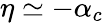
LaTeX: \eta\simeq-\alpha_{c}